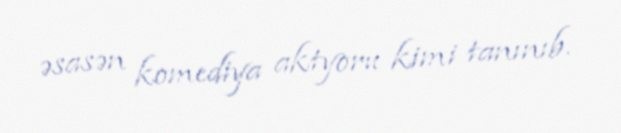
əsasən komediya aktyoru kimi tanınıb.